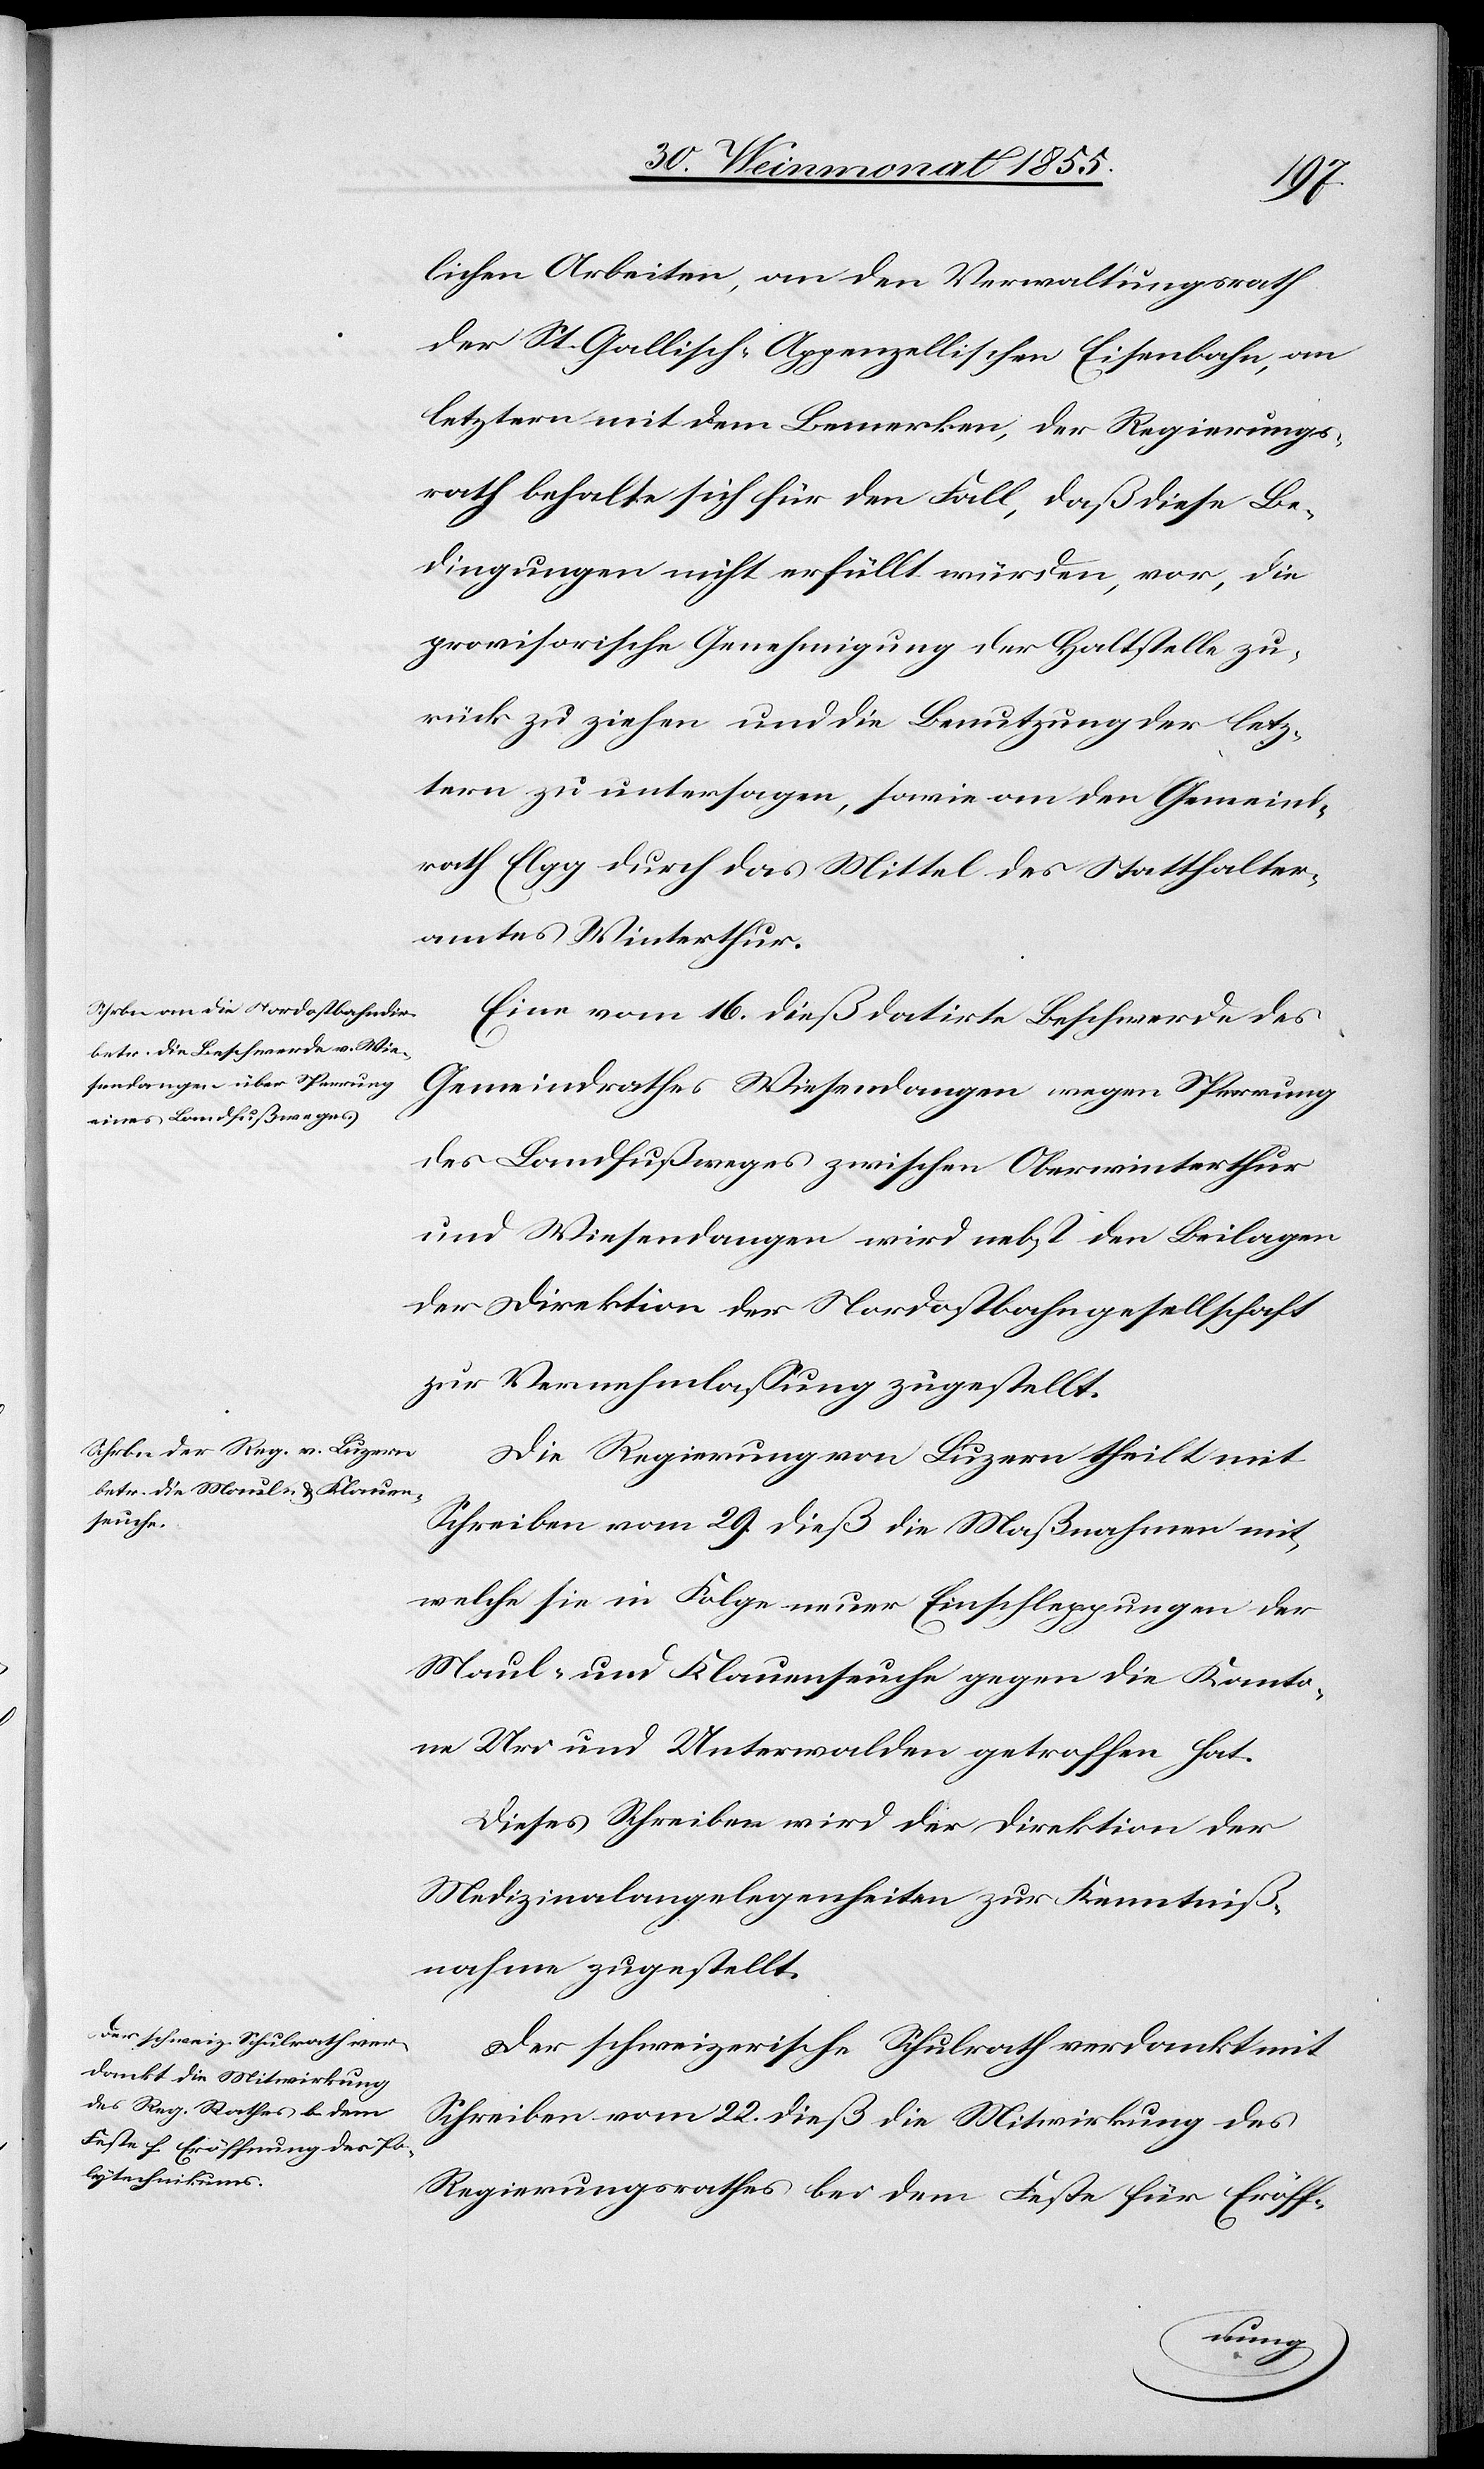
lichen Arbeiten, an den Verwaltungsrath
der St. Gallisch-Appenzellischen Eisenbahn, an
letztern mit dem Bemerken, der Regierungs¬
rath behalte sich für den Fall, daß diese Be¬
dingungen nicht erfüllt würden, vor, die
provisorische Genehmigung der Haltstelle zu¬
rück zu ziehen und die Benutzung der letz¬
tern zu untersagen, sowie an den Gemeind¬
rath Elgg durch das Mittel des Statthalter¬
amtes Winterthur.
Eine vom 16. dieß datirte Beschwerde des
Gemeindrathes Wiesendangen wegen Sperrung
des Landfußweges zwischen Oberwinterthur
und Wiesendangen wird nebst den Beilagen
der Direktion der Nordostbahngesellschaft
zur Vernehmlassung zugestellt.
Die Regierung von Luzern theilt mit
Schreiben vom 29. dieß die Maßnahmen mit,
welche sie in Folge neuer Einschleppungen der
Maul- und Klauenseuche gegen die Kanto¬
ne Uri und Unterwalden getroffen hat.
Dieses Schreiben wird der Direktion der
Medizinalangelegenheiten zur Kenntniß¬
nahme zugestellt.
Der schweizerische Schulrath verdankt mit
Schreiben vom 22. dieß die Mitwirkung des
Regierungsrathes bei dem Feste für Eröff-